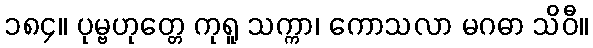
၁၈၄။ ပုမ္ဗဟုတ္တေ ကုရူ သက္ကာ၊ ကောသလာ မဂဓာ သိဝီ။